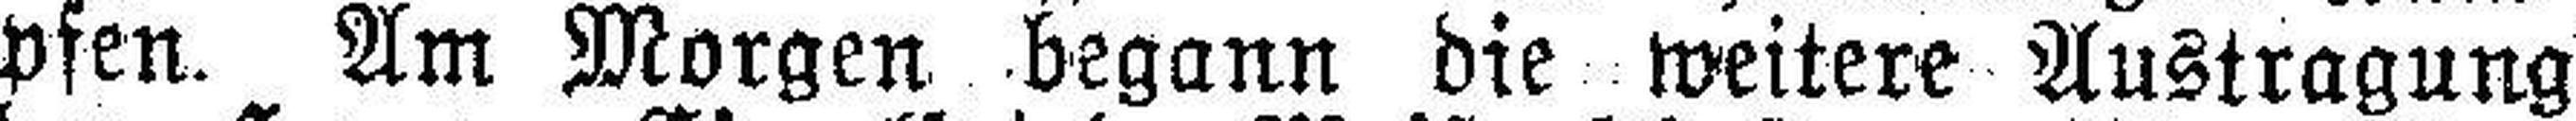
pfen. Am Morgen begann die weitere Austragung